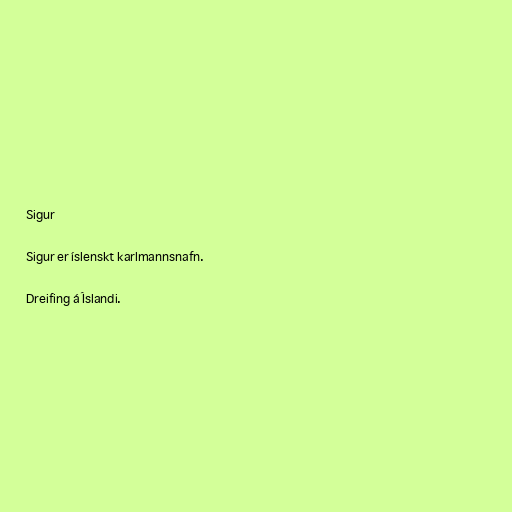
Sigur

Sigur er íslenskt karlmannsnafn.

Dreifing á Íslandi.